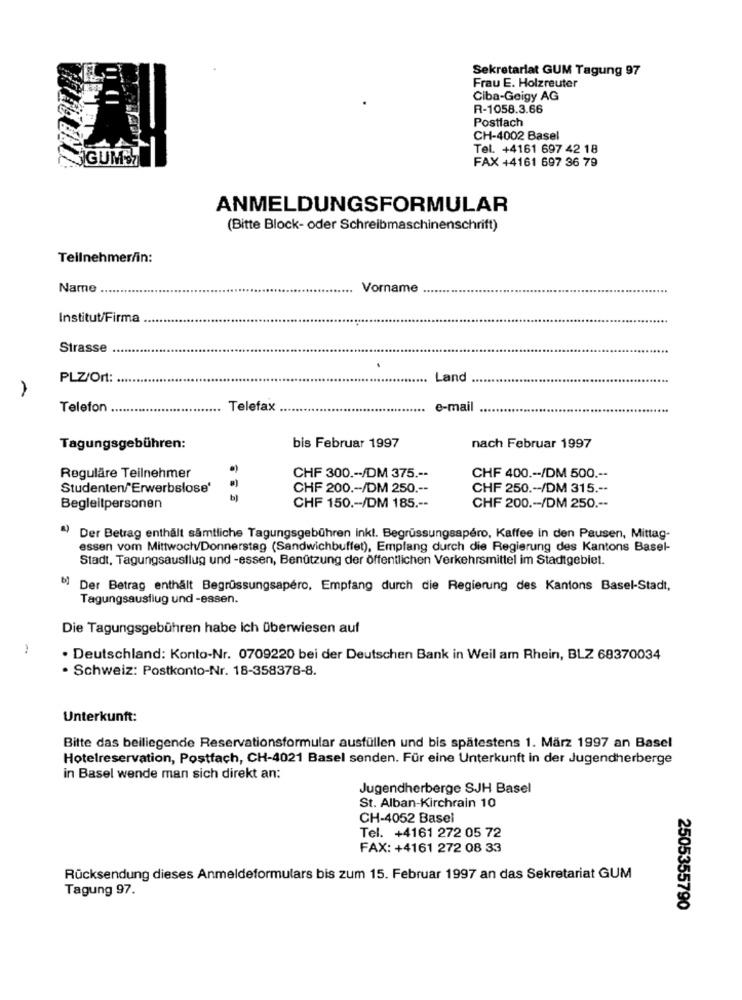
Sekretariat GUM Tagung 97
Frau E. Holzreuter
Ciba-Geigy AG
R-1058.3.66
Postfach
CH-4002 Basel
Tel. +4161 697 42 18
GUMO7
FAX +4161 697 36 79
ANMELDUNGSFORMULAR
(Bitte Block- oder Schreibmaschinenschrift)
Teilnehmer/in:
Name
Vorname
Institut/Firma
Strasse
.
PLZ/Ort:
Land
Telefon
Telefax
...
e-mail
Tagungsgebühren:
bis Februar 1997
nach Februar 1997
Reguläre Teilnehmer
CHF 300 .-- /DM 375 .--
CHF 400 .-- /DM 500 .--
Studenten/Erwerbslose'
CHF 200 .-- /DM 250 .--
CHF 250 .-- /DM 315 .--
Begleitpersonen
CHF 150 .-- /DM 185 .--
CHF 200 .-- /DM 250 .--
Der Betrag enthält sämtliche Tagungsgebühren ink !. Begrüssungsapéro, Kaffee in den Pausen, Mittag-
essen vom Mittwoch/Donnerstag (Sandwichbuffet), Empfang durch die Regierung des Kantons Basel-
Stadt, Tagungsausflug und -essen, Benützung der öffentlichen Verkehrsmittel im Stadtgebiet.
b) Der Betrag enthält Begrüssungsapéro, Empfang durch die Regierung des Kantons Basel-Stadt,
Tagungsausflug und -essen.
Die Tagungsgebühren habe ich überwiesen auf
. Deutschland: Konto-Nr. 0709220 bei der Deutschen Bank in Weil am Rhein, BLZ 68370034
· Schweiz: Postkonto-Nr. 18-358378-8.
Unterkunft:
Bitte das beiliegende Reservationsformular ausfüllen und bis spätestens 1. März 1997 an Basel
Hotelreservation, Postfach, CH-4021 Basel senden. Für eine Unterkunft in der Jugendherberge
in Basel wende man sich direkt an:
Jugendherberge SJH Basel
St. Alban-Kirchrain 10
CH-4052 Basel
Tel. +4161 272 05 72
FAX: +4161 272 08 33
Rücksendung dieses Anmeldeformulars bis zum 15. Februar 1997 an das Sekretariat GUM
Tagung 97.
2505355790